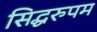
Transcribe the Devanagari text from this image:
सिद्धरुपम